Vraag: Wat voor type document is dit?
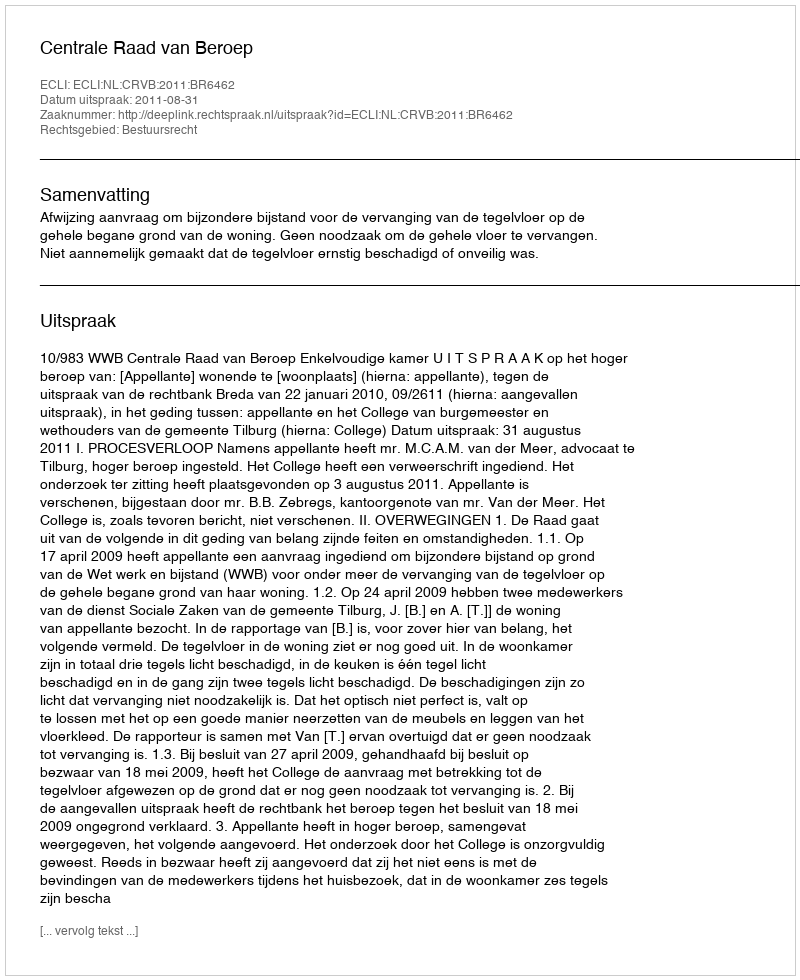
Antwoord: Uitspraak